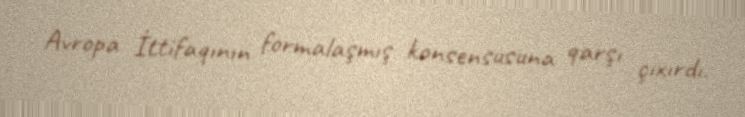
Avropa İttifaqının formalaşmış konsensusuna qarşı çıxırdı.